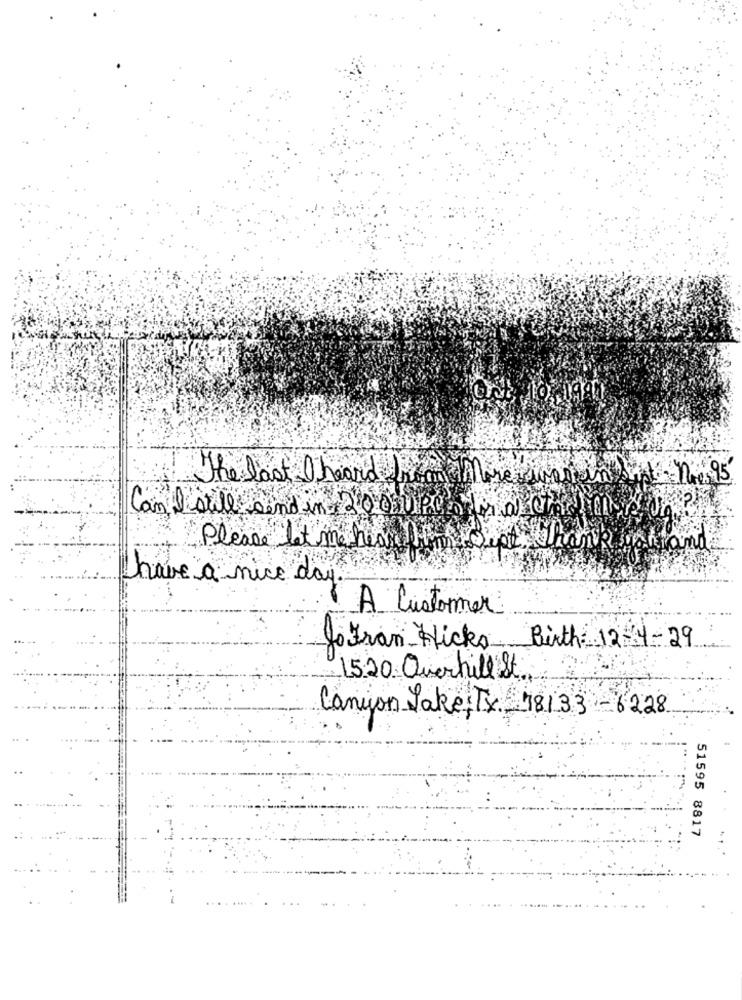
The last I heard from More suain
Can L'otite
ll send in-
Please let me hear him Sept Than
fand
have a nice day.
A Customer
Jofran Hicks Birth 12-4-29
1520 Querhil St
Canyon Jake,Tx. 78133-6228
51595 8817